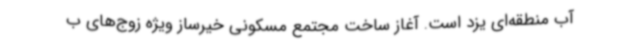
آب منطقه‌ای یزد است. آغاز ساخت مجتمع مسکونی خیرساز ویژه زوج‌های ب